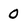
Character: 0